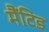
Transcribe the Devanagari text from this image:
मैंटिड